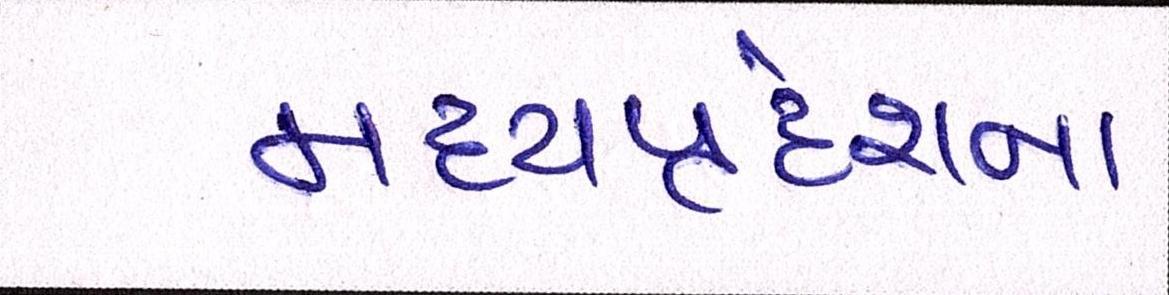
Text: મધ્યપ્રદેશના